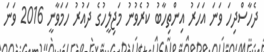
ދެހާސްދިހަ ވަނަ އަހަރު އިންތިހާބު ކުރެވުނު މަޖިލީހުގެ ދައުރު ހަމަވާނީ 2016 ވަނަ